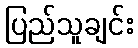
ပြည်သူချင်း